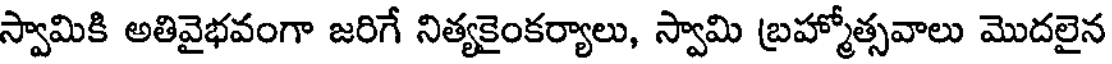
స్వామికి అతివైభవంగా జరిగే నిత్యకైంకర్యాలు, స్వామి బ్రహ్మోత్సవాలు మొదలైన